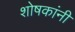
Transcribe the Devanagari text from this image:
शोषकांनी